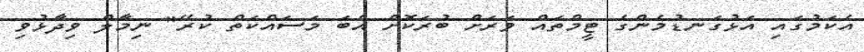
އެކަމުގައި އަޅުގަނޑުމެންގެ ޓީމްތައް ވަރަށް ބުރަކޮށް އެބަ މަސައްކަތް ކުރޭ" ނިމާލް ވިދާޅުވި